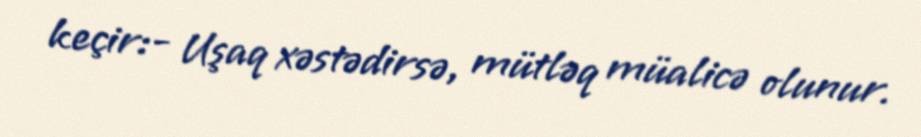
keçir:- Uşaq xəstədirsə, mütləq müalicə olunur.